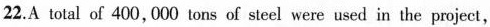
22.A total of 400, 000 tons of steel were used in the project，